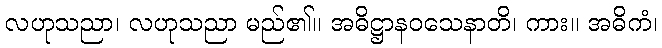
လဟုသညာ၊ လဟုသညာ မည်၏။ အဓိဋ္ဌာနဝသေနာတိ၊ ကား။ အဓိကံ၊